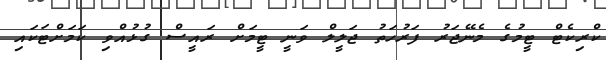
ކްރިކެޓް ޓީމުގެ މެނޭޖަރު ފަރުހަތު ޖަލީލް ވަނީ ޓީމަށް ރައީސް ގުޅުއްވި ކަމަށްޓަކައި